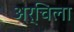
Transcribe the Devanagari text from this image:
अर्चिला